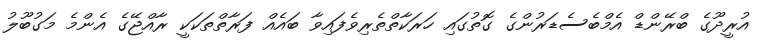
އުރީދޫގެ ބްރޭންޑް އެމްބެސެޑަރުންގެ ގޮތުގައި ހަރަކާތްތެރިވެފައިވާ ބައެއް ފަރާތްތަކަކީ ރާއްޖޭގެ އެންމެ މަގުބޫލު